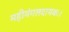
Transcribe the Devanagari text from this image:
महीमंगलदायकः।